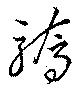
驕